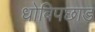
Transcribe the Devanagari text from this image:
धोबिपछाड